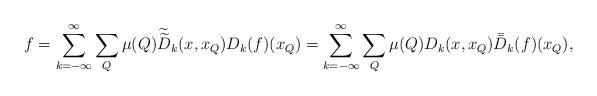
LaTeX: \begin{align*}f=\sum\limits_{k=-\infty}^{\infty}\sum\limits_{Q}\mu(Q){\widetilde {\widetilde{D}}}_{k}(x, x_Q) D_{k}(f)(x_Q)=\sum\limits_{k=-\infty}^{\infty}\sum\limits_{Q}\mu(Q) D_{k}(x,x_Q){\bar{\bar{D}}}_{k}(f)(x_Q),\end{align*}